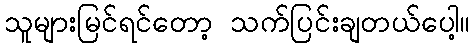
သူများမြင်ရင်တော့ သက်ပြင်းချတယ်ပေါ့။